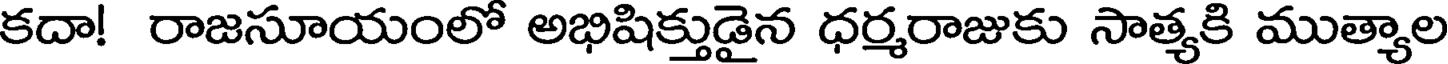
కదా! రాజసూయంలో అభిషిక్తుడైన ధర్మరాజుకు సాత్యకి ముత్యాల